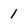
Character: 1